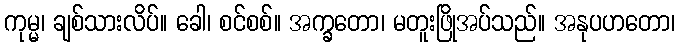
ကုမ္မ၊ ချစ်သားလိပ်။ ခေါ၊ စင်စစ်။ အက္ခတော၊ မတူးဖြိုအပ်သည်။ အနုပဟတော၊